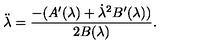
\ddot { \lambda } = \frac { - ( A ^ { \prime } ( \lambda ) + \dot { \lambda } ^ { 2 } B ^ { \prime } ( \lambda ) ) } { 2 B ( \lambda ) } .